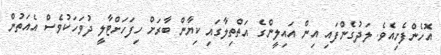
އޮހެންފެށިއެވެ. ލަދުގެންފައި އިން އަައިލީންގެ އަތްތިލާގައި ކިޔާން ބާރަށް ހިފަހަށްޓާލީ ދުވަހަކުވެސް އެއަތުން